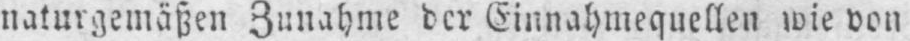
naturgemäßen Zunahme der Einnahmequellen wie von